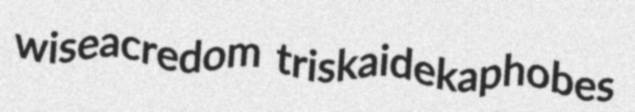
wiseacredom triskaidekaphobes